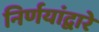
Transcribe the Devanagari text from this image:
निर्णयांद्वारे